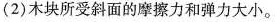
(2)木块所受斜面的摩擦力和弹力大小。